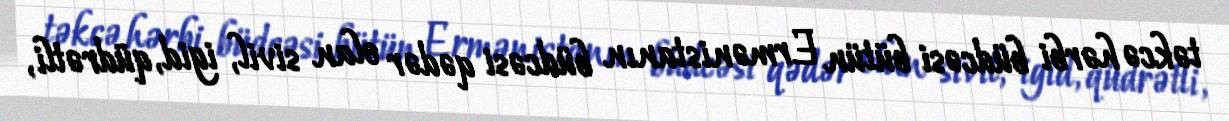
təkcə hərbi büdcəsi bütün Ermənistanın büdcəsi qədər olan sivil, igid, qüdrətli,